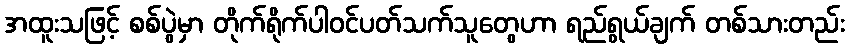
အထူးသဖြင့် စစ်ပွဲမှာ တိုက်ရိုက်ပါဝင်ပတ်သက်သူတွေဟာ ရည်ရွယ်ချက် တစ်သားတည်း